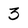
Character: 3